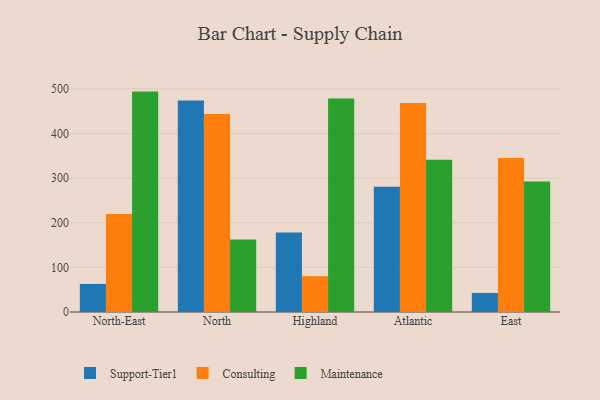
{"axis": {"x": "Region", "y": "Backlog"}, "legend": ["Consulting", "Maintenance", "Support-Tier1"], "data": [{"x": "North-East", "y": 62.9, "type": "Support-Tier1"}, {"x": "North-East", "y": 219.7, "type": "Consulting"}, {"x": "North-East", "y": 494.0, "type": "Maintenance"}, {"x": "North", "y": 474.1, "type": "Support-Tier1"}, {"x": "North", "y": 444.0, "type": "Consulting"}, {"x": "North", "y": 162.7, "type": "Maintenance"}, {"x": "Highland", "y": 178.3, "type": "Support-Tier1"}, {"x": "Highland", "y": 80.2, "type": "Consulting"}, {"x": "Highland", "y": 478.6, "type": "Maintenance"}, {"x": "Atlantic", "y": 280.5, "type": "Support-Tier1"}, {"x": "Atlantic", "y": 468.2, "type": "Consulting"}, {"x": "Atlantic", "y": 341.5, "type": "Maintenance"}, {"x": "East", "y": 42.7, "type": "Support-Tier1"}, {"x": "East", "y": 344.9, "type": "Consulting"}, {"x": "East", "y": 292.6, "type": "Maintenance"}]}